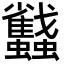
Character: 蠽